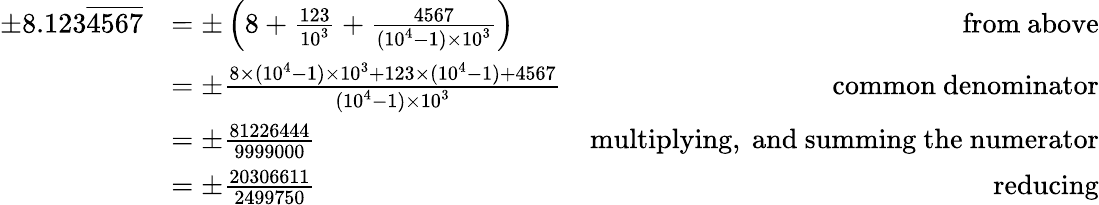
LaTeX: {\begin{array}{rlr}{\pm 8.123{\overline{{4567}}}}&{=\pm\left(8+{\frac{123}{10^{3}}}+{\frac{4567}{(10^{4}-1)\times 10^{3}}}\right)}&{{\mathrm{from~above}}}\\ &{=\pm{\frac{8\times(10^{4}-1)\times 10^{3}+123\times(10^{4}-1)+4567}{(10^{4}-1)\times 10^{3}}}}&{{\mathrm{common~denominator}}}\\ &{=\pm{\frac{81226444}{9999000}}}&{{\mathrm{multiplying,~and~summing~the~numerator}}}\\ &{=\pm{\frac{20306611}{2499750}}}&{{\mathrm{reducing}}}\end{array}}